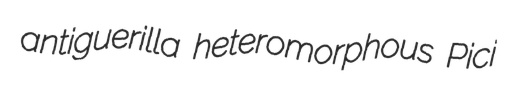
antiguerilla heteromorphous Pici